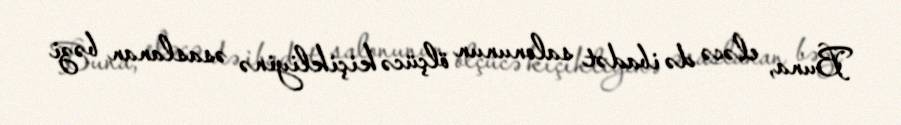
Buna, eləcə də ibadət salonunun ölçücə kiçikliyinə əsaslanan bəzi